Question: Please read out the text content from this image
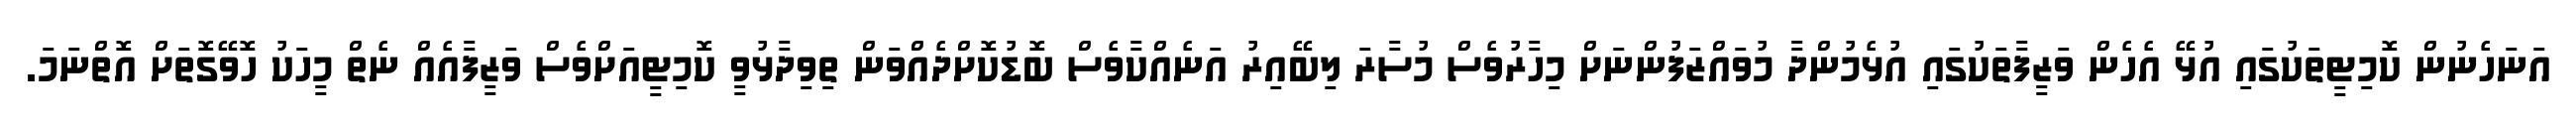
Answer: އަނަހެނުން ކޮމިޓީތަކުގައި އުޅޭ އެހެން ވަޒީފާތަކުގައި އުޅެމުންދާ މުވައްޒަފުންނަށް މިހާރުވެސް މުސާރަ ލިބޭއިރު އަނެއްކާވެސް ބޮޑުކޮށްދެއްވަން ތިވިދާޅުވީ ކޮމިޓީއަށްވެސް ވަޒީފާއެއް ނެތް މީހަކު ހޮވޭގޮތަށް އޮތްނަމަ.